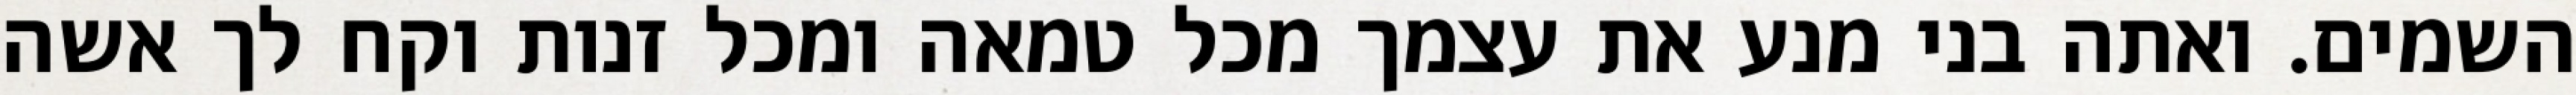
השמים. ואתה בני מנע את עצמך מכל טמאה ומכל זנות וקח לך אשה